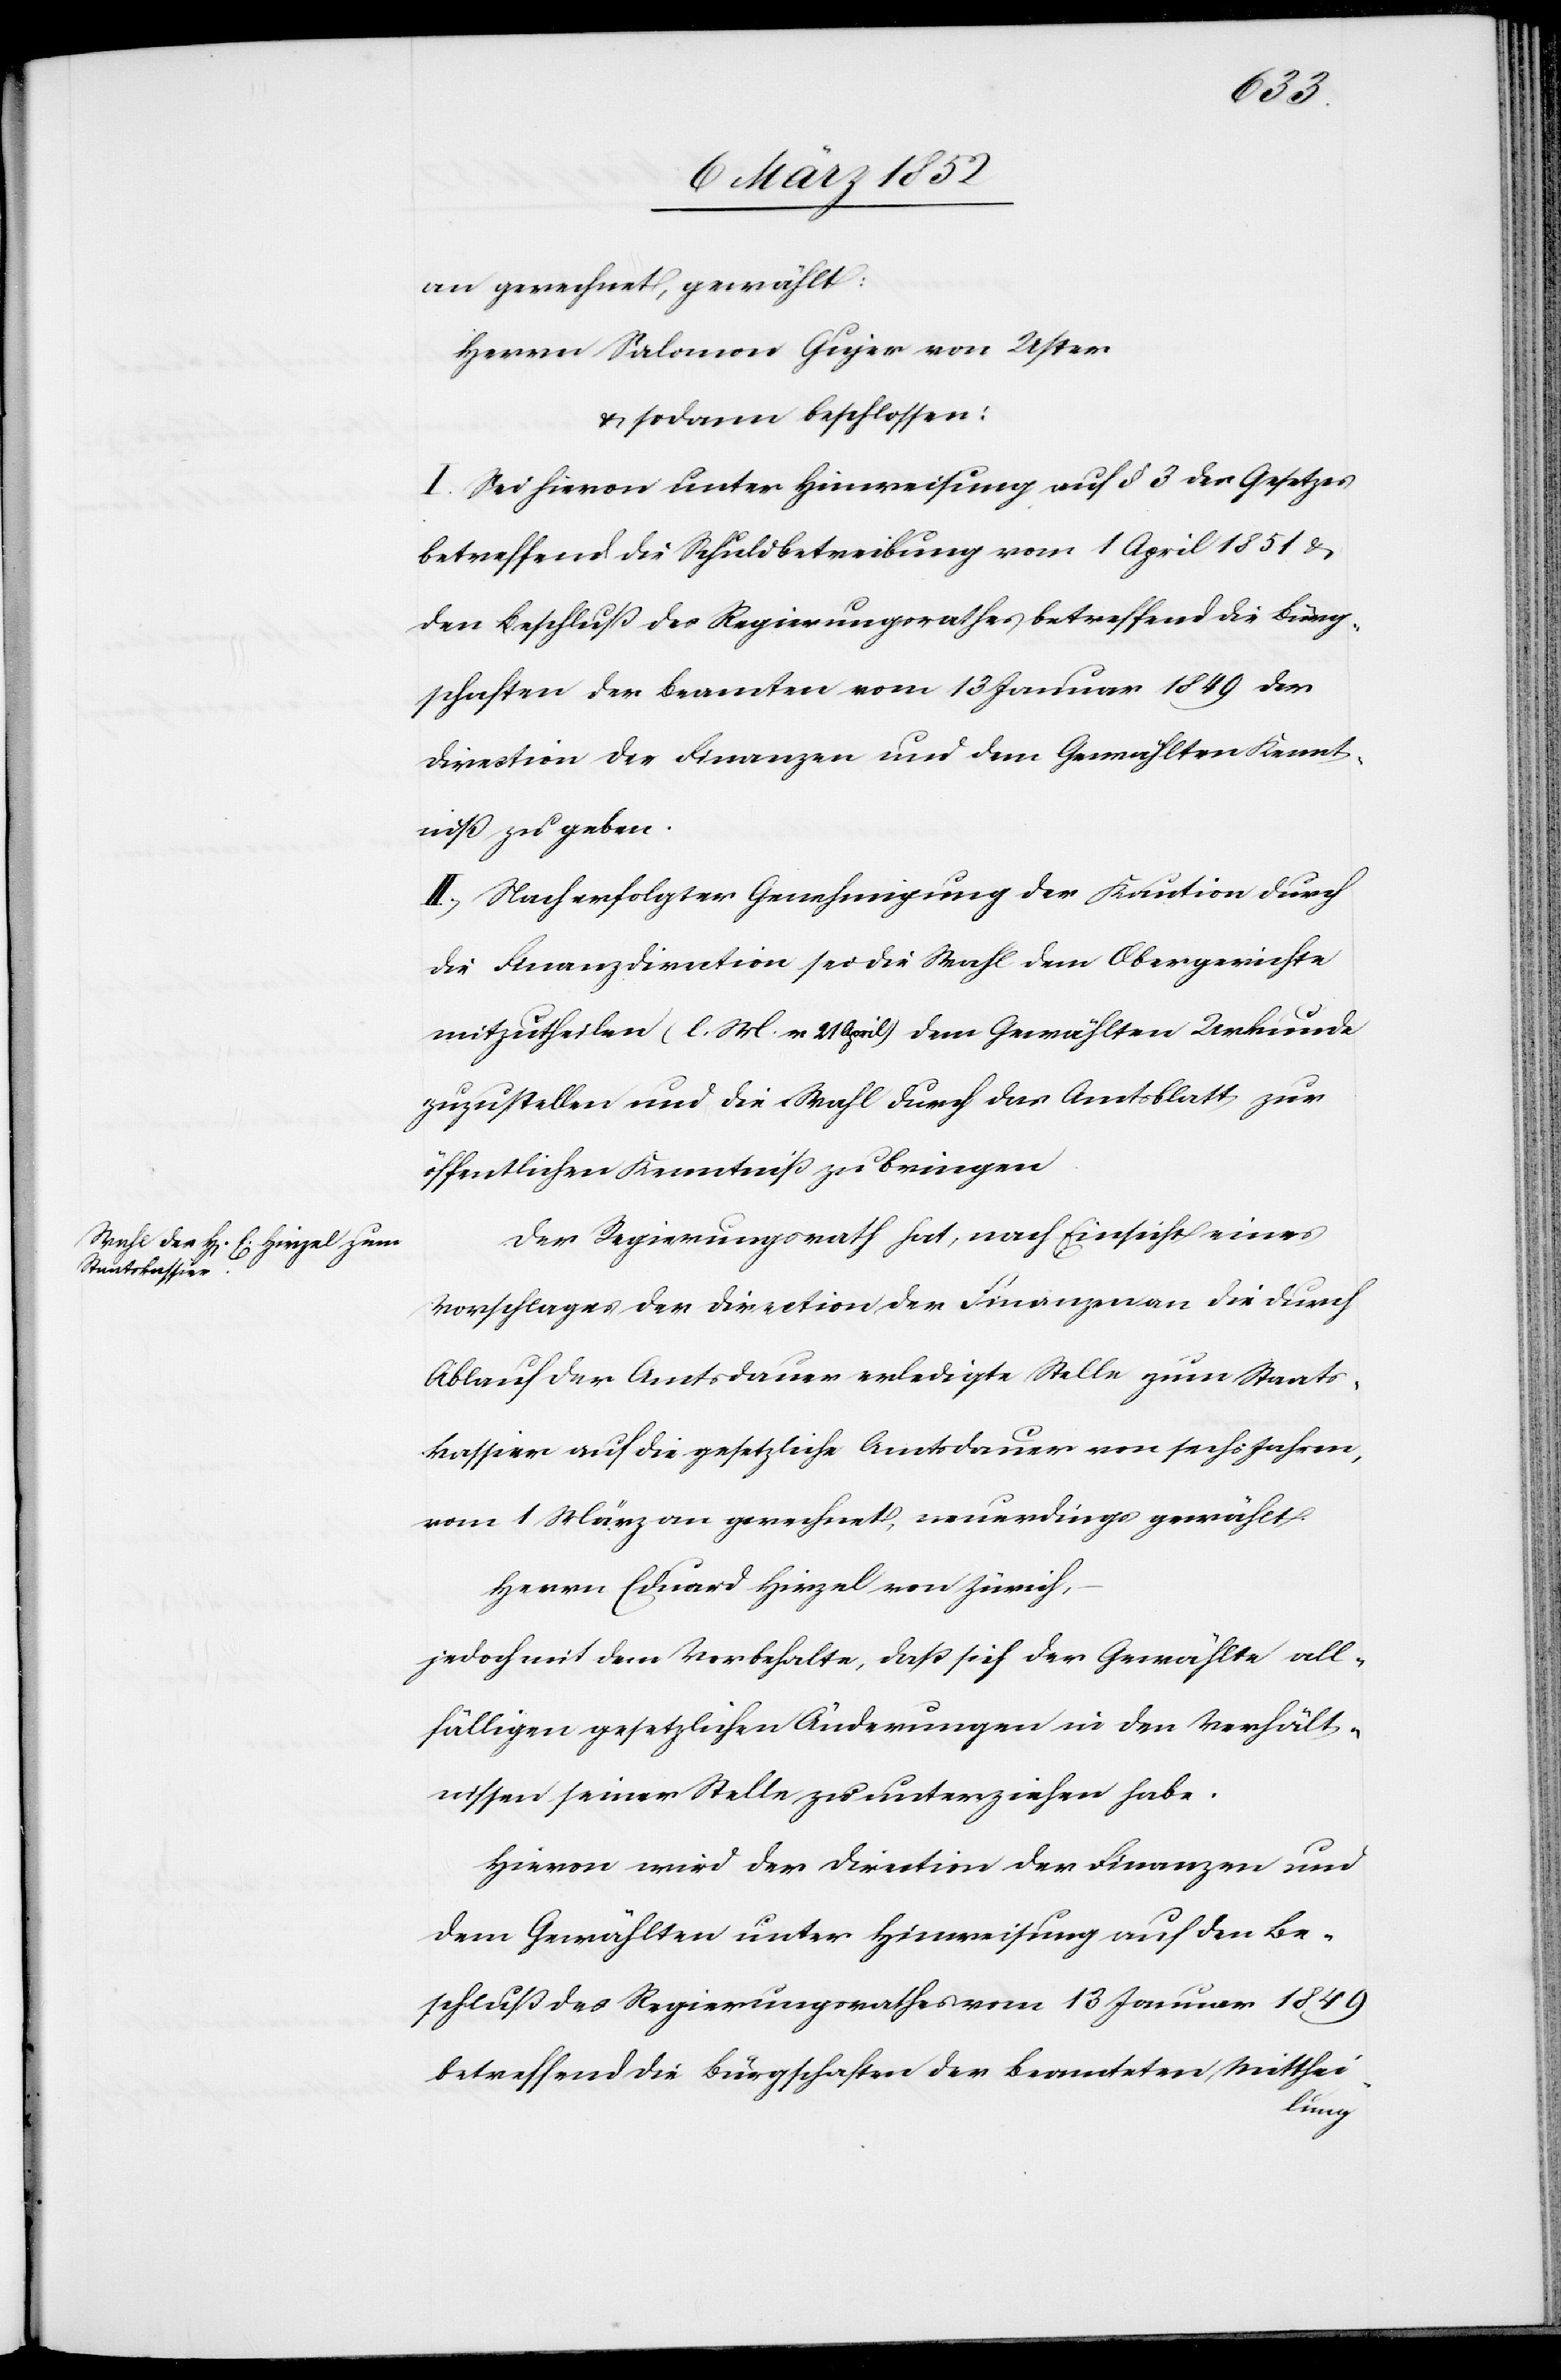
an gerechnet, gewählt:
Herrn Salomon Gujer von Uster
u. sodann beschlossen:
I. Sei hievon unter Hinweisung auf § 3 des Gesetzes
betreffend die Schuldbetreibung vom 1 April 1851 u.
den Beschluß des Regierungsrathes betreffend die Bürg¬
schaften der Beamten vom 13 Januar 1849 der
Direction der Finanzen und dem Gewählten Kennt¬
niß zu geben.
II.) Nach erfolgter Genehmigung der Kaution durch
die Finanzdirection sei die Wahl dem Obergerichte
mitzutheilen (l. M. v 21 April) dem Gewählten Urkunde
zuzustellen und die Wahl durch das Amtsblatt zur
öffentlichen Kenntniß zu bringen.
Der Regierungsrath hat, nach Einsicht eines
Vorschlages der Direction der Finanzen an die durch
Ablauf der Amtsdauer erledigte Stelle zum Staats¬
kassier auf die gesetzliche Amtsdauer von sechs Jahren,
vom 1 März an gerechnet, neuerdings gewählt
Herrn Eduard Hirzel von Zürich,
jedoch mit dem Vorbehalte, daß sich der Gewählte all¬
fälligen gesetzlichen Änderungen in den Verhält¬
nissen seiner Stelle zu unterziehen habe.
Hievon wird der Direction der Finanzen und
dem Gewählten unter Hinweisung auf den Be¬
schluß des Regierungsrathes vom 13 Januar 1849
betreffend die Bürgschaften der Beamteten Mitthei-